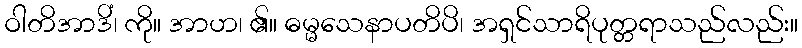
ဝါတိအာဒိံ၊ ကို။ အာဟ၊ ၏။ ဓမ္မသေနာပတိပိ၊ အရှင်သာရိပုတ္တရာသည်လည်း။